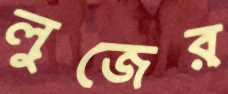
লুজের